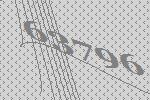
63796